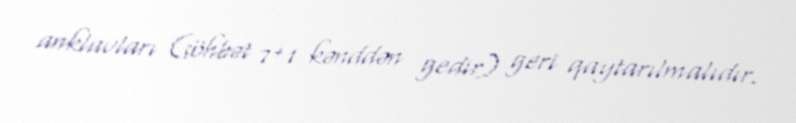
anklavları (söhbət 7+1 kənddən gedir) geri qaytarılmalıdır.